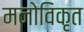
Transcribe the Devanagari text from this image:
मनोविकृत